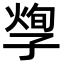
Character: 𡦐